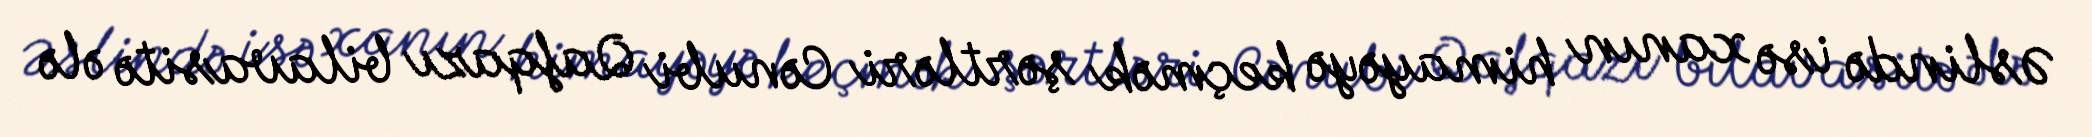
Əslində isə xanın himayəyə keçmək şərtləri Cənubi Qafqazı bilavasitə ələ